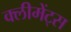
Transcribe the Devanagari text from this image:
क्लीमेंट्स